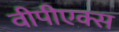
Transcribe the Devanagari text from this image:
वीपीएक्स